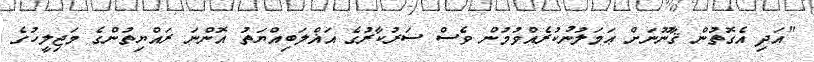
"އަދި އެގޮތުން ޤާނޫނަށް ޢަމަލުނުކުރެއްވުމުން ވެސް ސަރުކާރުގެ އަޣްލަބިއްޔަތު އޮންނަ ރައްޔިތުންގެ މަޖިލީހުގެ